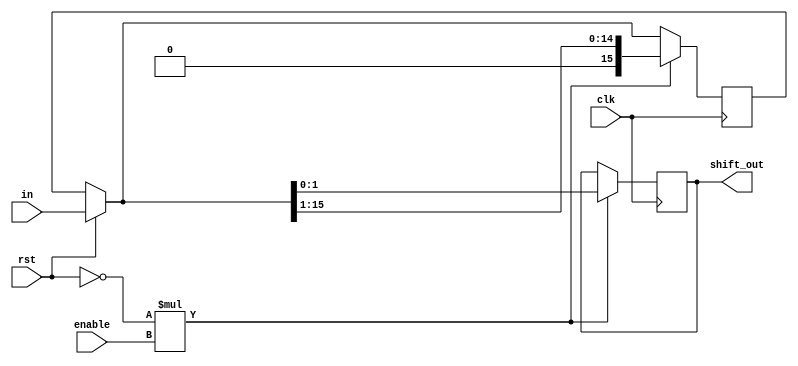
module RingShiftRegister #(parameter N=2,S=8)( input wire clk,
  input rst,
  input enable,
  input [S*N-1:0]in,
  output reg [N-1:0] shift_out);



  reg [S*N-1:0] register;
  //reg [S*N-1:0] regst;




  always @(posedge clk ) begin
    if (rst==1) 
      register = in;
    if((rst==0)*(enable==1))begin
      shift_out=register [N-1:0];
 //     regst=register>>1;
      register = register>>1;
    end
  end


endmodule